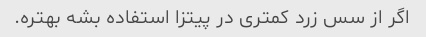
اگر از سس زرد کمتری در پیتزا استفاده بشه بهتره.